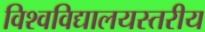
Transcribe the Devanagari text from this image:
विश्वविद्यालयस्तरीय